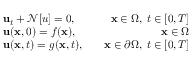
\begin{array} { r l r } & { \mathbf { u } _ { t } + \mathcal { N } [ u ] = 0 , \quad } & { \mathbf { x } \in \Omega , \; t \in [ 0 , T ] } \\ & { \mathbf { u } ( \mathbf { x } , 0 ) = f ( \mathbf { x } ) , \quad } & { \mathbf { x } \in \Omega } \\ & { \mathbf { u } ( \mathbf { x } , t ) = g ( \mathbf { x } , t ) , \quad } & { \mathbf { x } \in \partial \Omega , \; t \in [ 0 , T ] } \end{array}